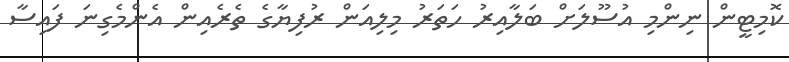
ކޮމިޓީން ނިންމި އުސޫލަށް ބަލާއިރު ހަތަރު މިލިއަން ރުފިޔާގެ ތެރެއިން އެންމެގިނަ ފައިސާ